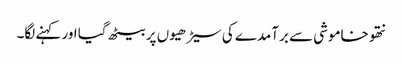
نتھو خاموشی سے برآمدے کی سیڑھیوں پر بیٹھ گیا اور کہنے لگا۔